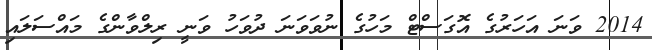
2014 ވަނަ އަހަރުގެ އޮގަސްޓް މަހުގެ ނުވަވަނަ ދުވަހު ވަނީ ރިލްވާންގެ މައްސަލައި